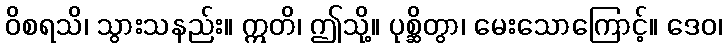
ဝိစရသိ၊ သွားသနည်း။ ဣတိ၊ ဤသို့။ ပုစ္ဆိတွာ၊ မေးသောကြောင့်။ ဒေဝ၊